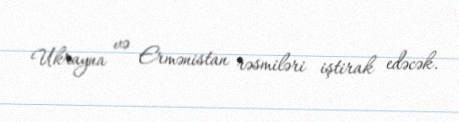
Ukrayna və Ermənistan rəsmiləri iştirak edəcək.